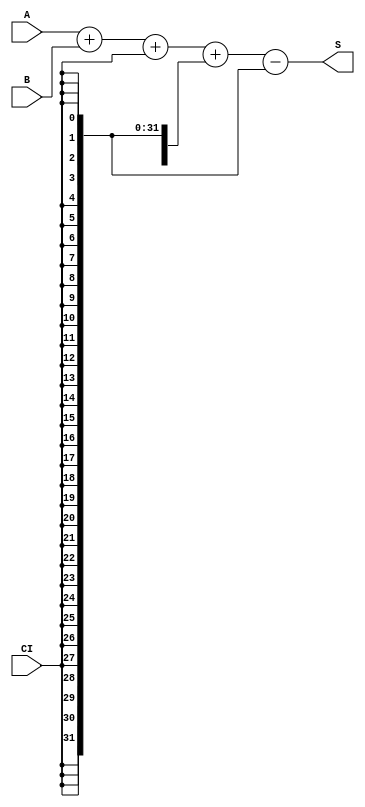
`timescale 1ns / 1ps
//////////////////////////////////////////////////////////////////////////////////
// Company: 
// Engineer: 
// 
// Design Name: 
// Module Name:    add_32 
// Project Name: 
// Target Devices: 
// Tool versions: 
// Description: 
//
// Dependencies: 
//
// Revision: 
// Revision 0.01 - File Created
// Additional Comments: 
//
//////////////////////////////////////////////////////////////////////////////////
module ADC32(input [31:0] A, 			//32ALUslt
			 input [31:0] B, 
			 input CI,		//
			 output [32:0] S
			); 

	assign S = A + B + CI + {33{CI}} - {32{CI}};

endmodule